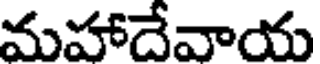
మహాదేవాయ